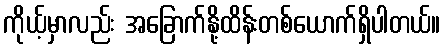
ကိုယ့်မှာလည်း အခြောက်နို့ထိန်းတစ်ယောက်ရှိပါတယ်။